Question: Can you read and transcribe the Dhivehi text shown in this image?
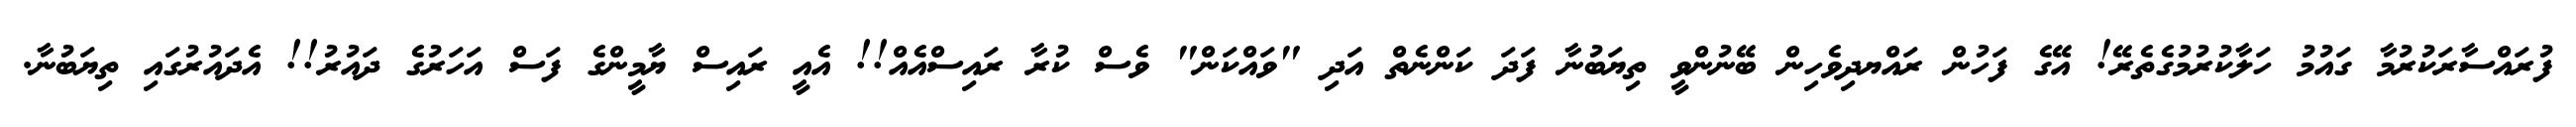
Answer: ފުރައްސާރަކުރުމާ ގައުމު ހަލާކުރުމުގެތެރޭ! އޭގެ ފަހުން ރައްޔދިވެހިން ބޭނުންވީ ތިޔަބުނާ ފަދަ ކަންނެތް އަދި "ވައްކަން" ވެސް ކުރާ ރައިސްއެއް!! އެއީ ރައިސް ޔާމީންގެ ފަސް އަހަރުގެ ދައުރު!! އެދައުރުގައި ތިޔަބުނާ.